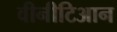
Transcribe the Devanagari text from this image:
वीनीटिआन